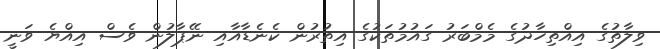
ވިލާތުގެ އިއްތިހާދުގެ މެމްބަރު ގައުމުތަކުގެ އިތުރުން ކެނެޑާއާއި ނޭޕާލުން ވެސް އިއްޔެ ވަނީ